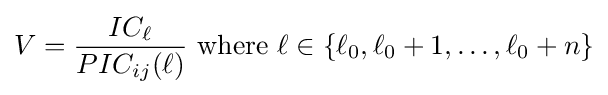
V={IC_{\ell } \over PIC_{ij}(\ell )}{\text{ where }}\ell \in \left\{\ell _{0},\ell _{0}+1,\ldots ,\ell _{0}+n\right\}